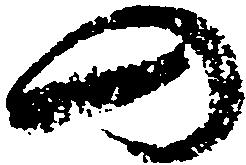
の